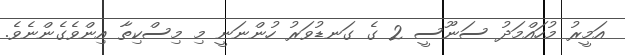
އަމީރު މުހައްމަދު ސަނޫސީ 2 ގެ ގަނޑުވަރު ހުންނަނީ މި މިސްކިތާ އިންވެގެންނެވެ.